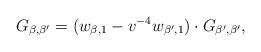
LaTeX: \begin{align*} G_{\beta,\beta'}=(w_{\beta,1}-v^{-4}w_{\beta',1})\cdot G_{\beta',\beta'},\end{align*}